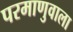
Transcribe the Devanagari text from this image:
परमाणुवाला